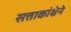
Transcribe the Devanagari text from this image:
सत्ताकांक्षेने